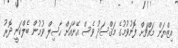
އިޒްޔަން މައްޗަށް ފޮނުވުމުގެ މަޤްސަދު ވެސް އޭނާއަށް ހާސިލް ވުމުން ބެލްކަނީ ދޮރު